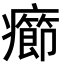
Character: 癤